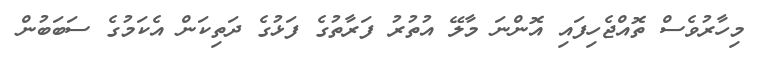
މިހާރުވެސް ތޮއްޖެހިފައި އޮންނަ މާލޭ އުތުރު ފަރާތުގެ ފަޅުގެ ދަތިކަން އެކަމުގެ ސަބަބުން